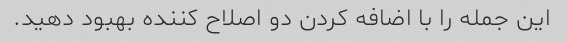
این جمله را با اضافه کردن دو اصلاح کننده بهبود دهید.